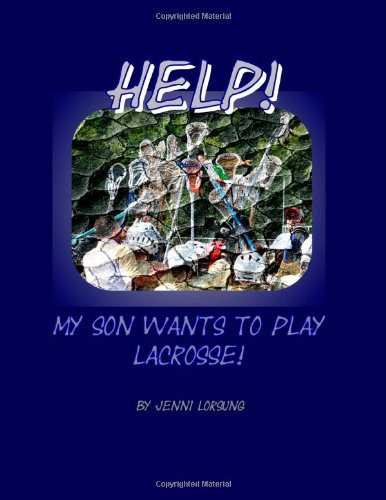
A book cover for Help!  My Son Wants To Play Lacrosse!; Jenni Lorsung; Sports & Outdoors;